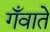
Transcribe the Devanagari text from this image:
गँवाते